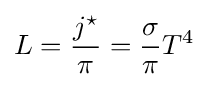
L={\frac {j^{\star }}{\pi }}={\frac {\sigma }{\pi }}T^{4}